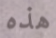
هذه